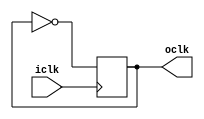
module fdiv2
(
	input iclk,
	output oclk
);

reg cnt;

always@(negedge iclk)begin
cnt <= !cnt;
end 

assign oclk = cnt;

endmodule